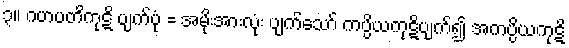
၃။ ဂဟပတိကုဋိ ပျက်ပုံ = အမိုးအားလုံး ပျက်သော် ကပ္ပိယကုဋိပျက်၍ အကပ္ပိယကုဋိ